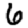
Digit: 6